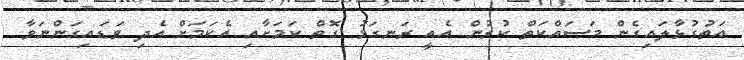
އަތުގުޅާލައިގެން މަސައްކަތް ކުރުން އެއީ ރަނގަޅު ގޮތް ކަމަށާއި އެކަމަށް އެދި ވަޑައިގަންނަވާ